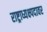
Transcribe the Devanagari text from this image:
राष्ट्राध्यक्ष्पदावर